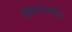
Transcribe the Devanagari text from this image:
ब्रह्मस्वति